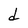
Character: d